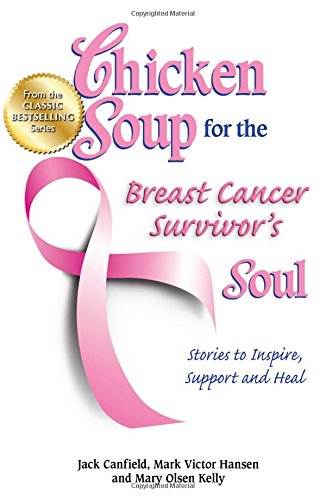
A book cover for Chicken Soup for the Breast Cancer Survivor's Soul: Stories to Inspire, Support and Heal (Chicken Soup for the Soul); Jack Canfield; Health, Fitness & Dieting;